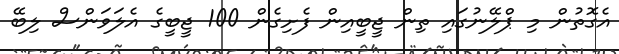
އެގޮތުން މި ޕްލޭނުގައި ތިން ޖީބީއިން ފެށިގެން 100 ޖީބީގެ އެލަވަންސް ލިބޭ